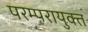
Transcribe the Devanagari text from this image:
परम्परायुक्त